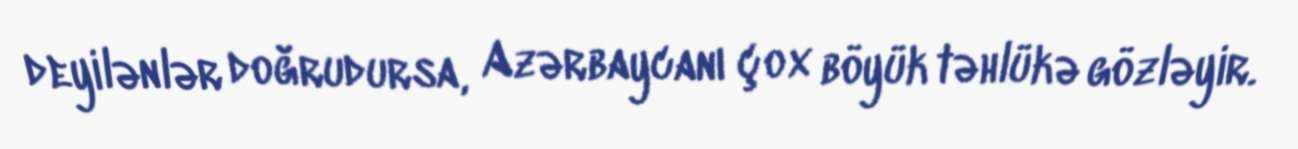
deyilənlər doğrudursa, Azərbaycanı çox böyük təhlükə gözləyir.